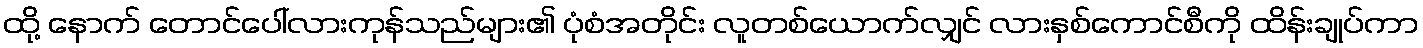
ထို့ နောက် တောင်ပေါ်လားကုန်သည်များ၏ ပုံစံအတိုင်း လူတစ်ယောက်လျှင် လားနှစ်ကောင်စီကို ထိန်းချုပ်ကာ